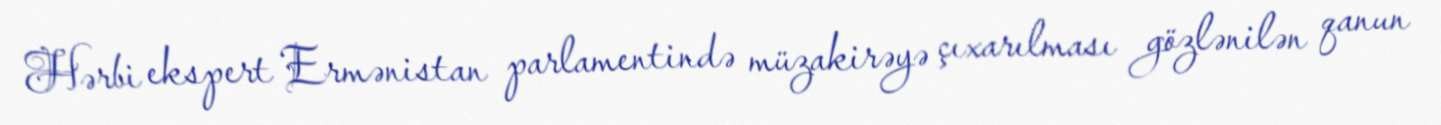
Hərbi ekspert Ermənistan parlamentində müzakirəyə çıxarılması gözlənilən qanun